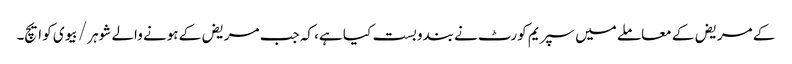
کے مریض کے معاملے میں سپریم کورٹ نے بندوبست کیا ہے، کہ جب مریض کے ہونے والے شوہر / بیوی کو ایچ۔